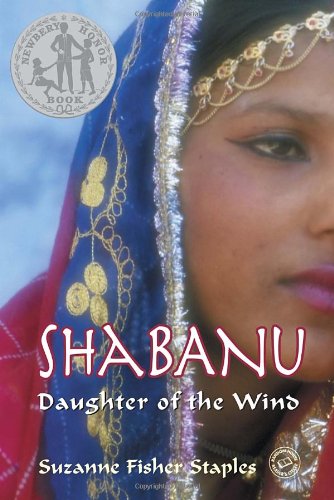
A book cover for Shabanu: Daughter of the Wind; Suzanne Fisher Staples; Teen & Young Adult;